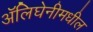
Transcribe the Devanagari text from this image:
ॲलिघेनीमधील